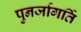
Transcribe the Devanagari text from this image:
पुनर्जागर्ति